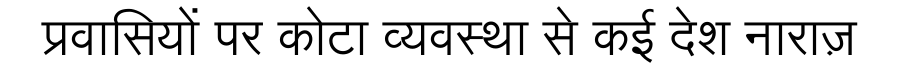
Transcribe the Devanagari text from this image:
प्रवासियों पर कोटा व्यवस्था से कई देश नाराज़